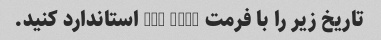
تاریخ زیر را با فرمت ISO 8601 استاندارد کنید.